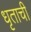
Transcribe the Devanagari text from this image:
धृताची